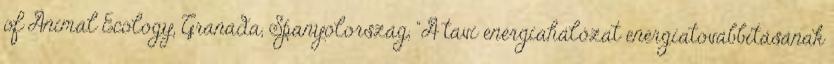
of Animal Ecology, Granada, Spanyolország, “A tavi energiahálózat energiatovábbításának